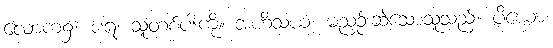
လောက၌။ ပရံ၊ သူတစ်ပါးကို။ အဟိံသယံ၊ မညှဉ်းဆဲသောသူသည်။ ပိယော၊